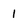
Character: 1